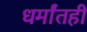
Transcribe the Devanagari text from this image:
धर्मांतही